18_6369445_General_1948_Vol_1
Agency: Department of War
Incident date: 6/15/48
Page 22
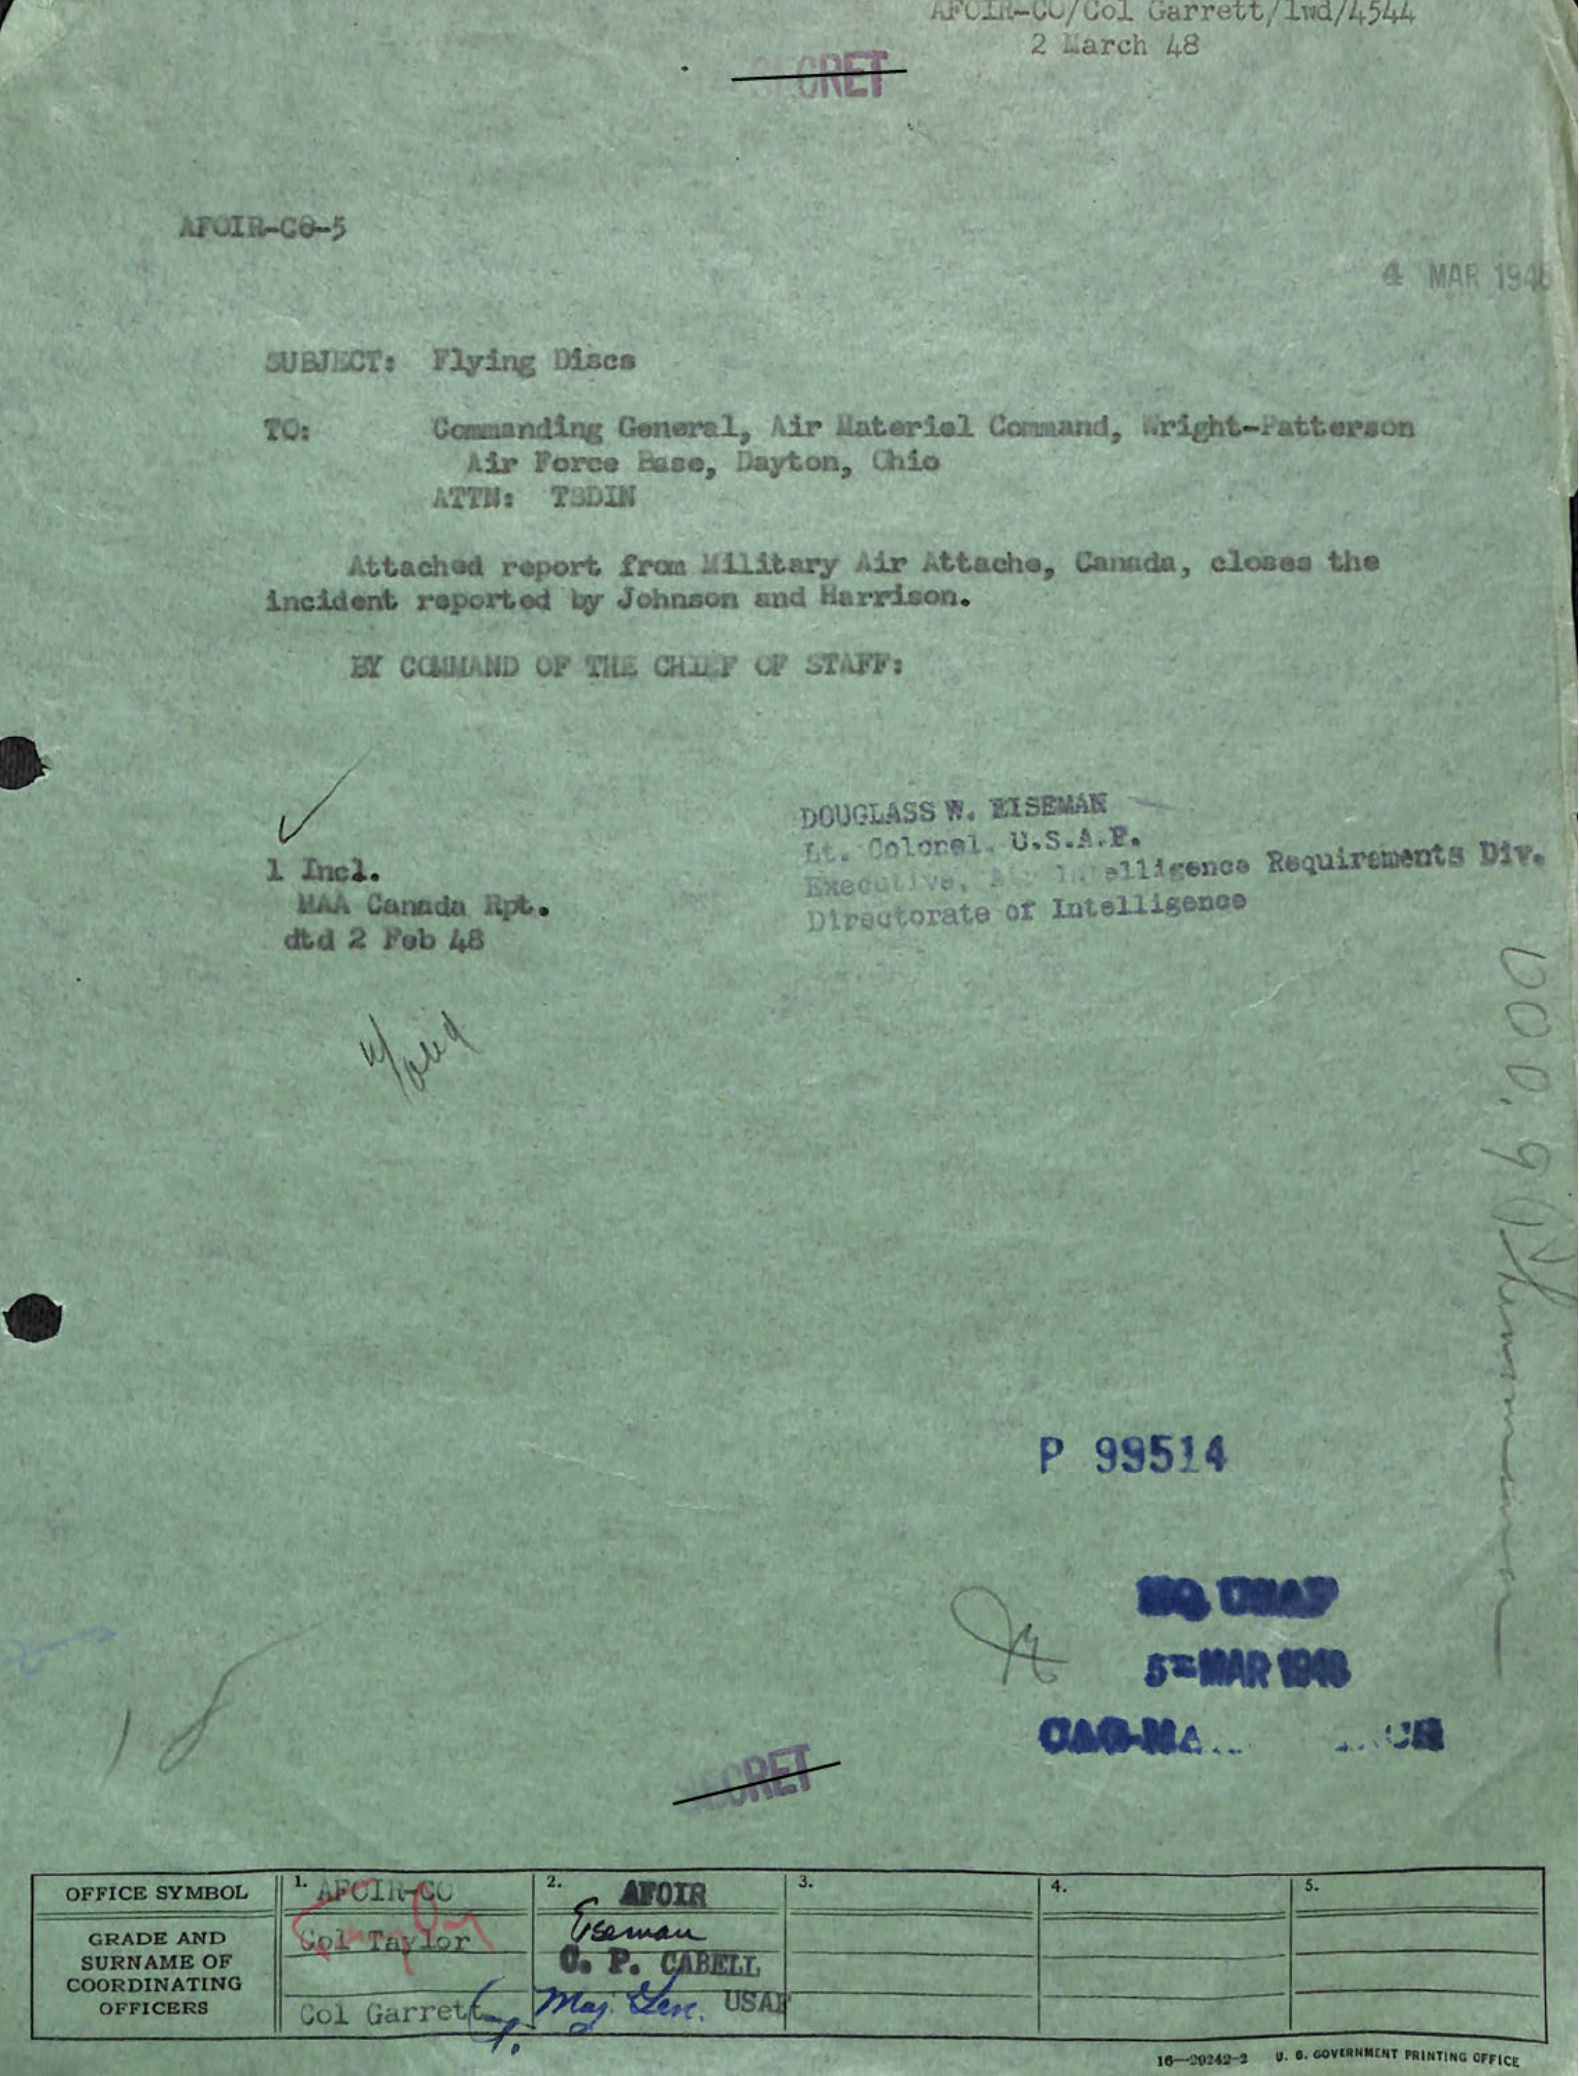